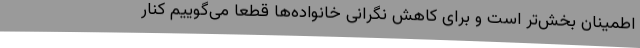
اطمینان بخش‌تر است و برای کاهش نگرانی خانواده‌ها قطعا می‌گوییم کنار